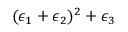
( \epsilon _ { 1 } + \epsilon _ { 2 } ) ^ { 2 } + \epsilon _ { 3 }